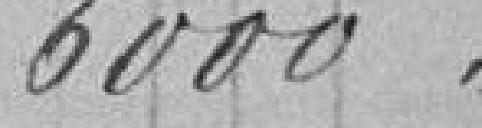
6000